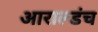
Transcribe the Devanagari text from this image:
आराल्डंच